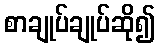
စာချုပ်ချုပ်ဆို၍